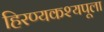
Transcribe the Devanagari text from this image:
हिरण्यकश्यपूला